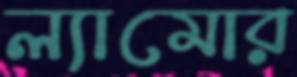
ল্যামোর